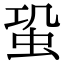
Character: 𧉨